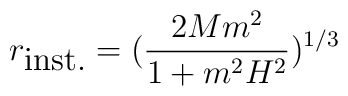
r_{\mbox{inst.}}=(\frac{2Mm^2}{1+m^2H^2})^{1/3}